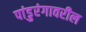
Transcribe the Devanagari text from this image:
पांडुरंगावरील